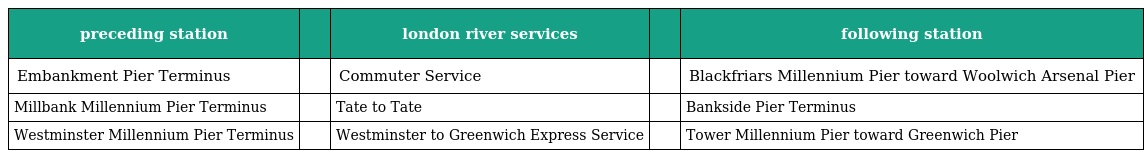
| preceding station |  | london river services |  | following station |
 | --- | --- | --- | --- | --- |
 | Embankment Pier Terminus |  | Commuter Service |  | Blackfriars Millennium Pier toward Woolwich Arsenal Pier |
 | Millbank Millennium Pier Terminus |  | Tate to Tate |  | Bankside Pier Terminus |
 | Westminster Millennium Pier Terminus |  | Westminster to Greenwich Express Service |  | Tower Millennium Pier toward Greenwich Pier |